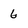
Character: 6